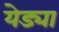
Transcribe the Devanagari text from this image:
येड्या